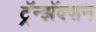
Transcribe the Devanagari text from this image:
ट्रॅन्झॅक्शन